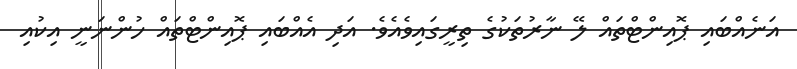
އަނެއްބައި ޕޮއިންޓްތައް ލޭ ނާރުތަކުގެ ތިރީގައިވެއެވެ. އަދި އެއްބައި ޕޮއިންޓްތައް ހުންނަނީ އިކުއި